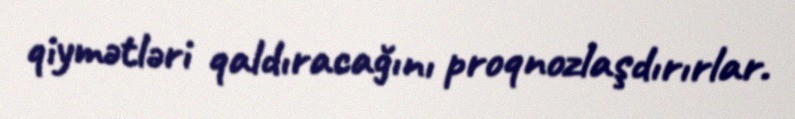
qiymətləri qaldıracağını proqnozlaşdırırlar.